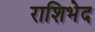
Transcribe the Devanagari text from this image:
राशिभेद